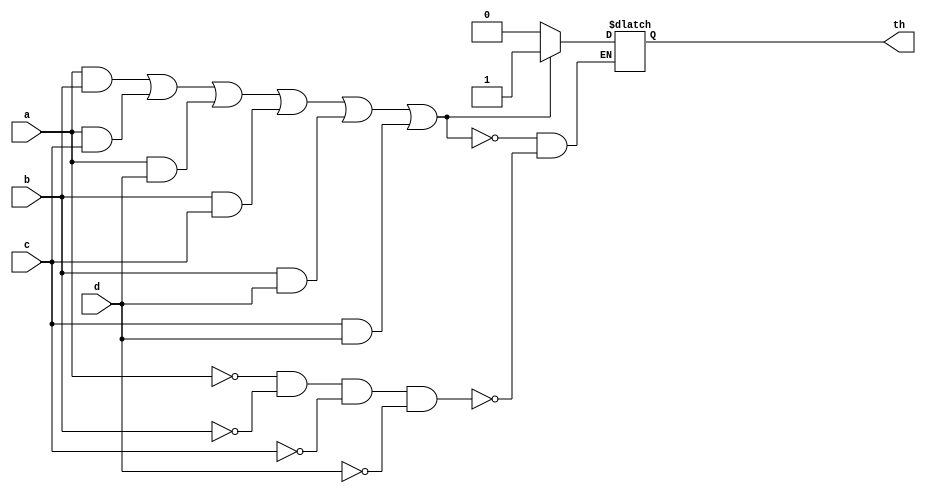
module th24(a, b, c, d, th);

input wire a, b, c, d;
output reg th;

initial th <= 1'b0;

wire #10 th_set = ((a&b)|(a&c)|(a&d)|(b&c)|(b&d)|(c&d));
wire #10 th_res = ((a==1'b0)&(b==1'b0)&(c==1'b0)&(d==1'b0));

always @(th_set or th_res) begin
	if(th_res) begin
		#10 th <= 1'b0;
	end 
	if(th_set) begin
		#10 th <= 1'b1;
	end
end

endmodule